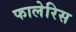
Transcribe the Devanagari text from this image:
फालेरिस